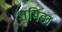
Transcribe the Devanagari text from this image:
शमिंडा